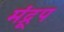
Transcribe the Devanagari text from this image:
मंद्रूप